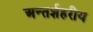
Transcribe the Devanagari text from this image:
अन्तर्शहरीय